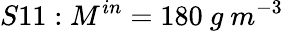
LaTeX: S11:M^{in}=180\ g\ m^{-3}